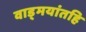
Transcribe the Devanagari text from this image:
वाड्मयांतहि